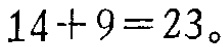
\(14 + 9 = 23\)。